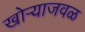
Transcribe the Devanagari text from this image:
खोऱ्याजवळ